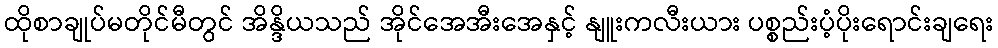
ထိုစာချုပ်မတိုင်မီတွင် အိန္ဒိယသည် အိုင်အေအီးအေနှင့် နျူးကလီးယား ပစ္စည်းပံ့ပိုးရောင်းချရေး